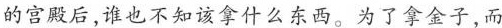
的宫殿后，谁也不知该拿什么东西。为了拿金子，而